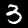
Digit: 3